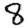
Digit: 8